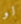
لو